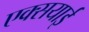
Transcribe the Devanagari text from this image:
एक्सयाई